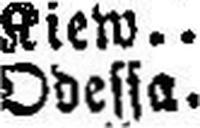
Odessa